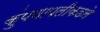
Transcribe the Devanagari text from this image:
कुंपणापलीकडले